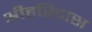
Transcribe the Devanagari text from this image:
श्रीहरिदास